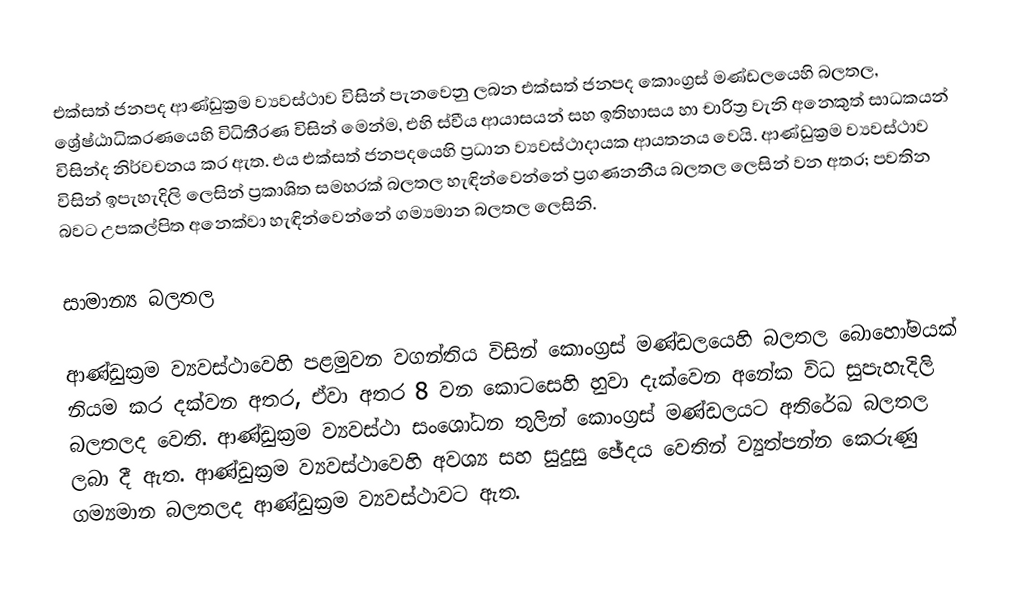
එක්සත් ජනපද ආණ්ඩුක්‍රම ව්‍යවස්ථාව විසින් පැනවෙනු ලබන එක්සත් ජනපද කොංග්‍රස් මණ්ඩලයෙහි බලතල,  ශ්‍රේෂ්ඨාධිකරණයෙහි විධිතීරණ විසින් මෙන්ම, එහි ස්වීය ආයාසයන් සහ ඉතිහාසය හා චාරිත්‍ර වැනි අනෙකුත් සාධකයන් විසින්ද නිර්වචනය කර ඇත. එය  එක්සත් ජනපදයෙහි ප්‍රධාන ව්‍යවස්ථාදායක ආයතනය වෙයි. ආණ්ඩුක්‍රම ව්‍යවස්ථාව විසින් ඉපැහැදිලි ලෙසින් ප්‍රකාශිත සමහරක් බලතල හැඳින්වෙන්නේ ප්‍රගණනනීය බලතල ලෙසින් වන අතර; පවතින බවට උපකල්පිත අනෙක්වා හැඳින්වෙන්නේ ගම්‍යමාන බලතල ලෙසිනි.

සාමාන්‍ය බලතල

 ආණ්ඩුක්‍රම ව්‍යවස්ථාවෙහි පළමුවන වගන්තිය විසින් කොංග්‍රස් මණ්ඩලයෙහි බලතල බොහෝමයක් නියම කර දක්වන අතර, ඒවා අතර 8 වන කොටසෙහි හුවා දැක්වෙන අනේක විධ සුපැහැදිලි බලතලද වෙති.  ආණ්ඩුක්‍රම ව්‍යවස්ථා සංශෝධන තුලින් කොංග්‍රස් මණ්ඩලයට අතිරේඛ බලතල ලබා දී ඇත. ආණ්ඩුක්‍රම ව්‍යවස්ථාවෙහි අවශ්‍ය සහ සුදුසු ඡේදය වෙතින් ව්‍යුත්පන්න කෙරුණු ගම්‍යමාන බලතලද ආණ්ඩුක්‍රම ව්‍යවස්ථාවට ඇත.